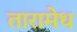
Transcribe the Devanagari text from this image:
तारामेध